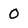
Character: O